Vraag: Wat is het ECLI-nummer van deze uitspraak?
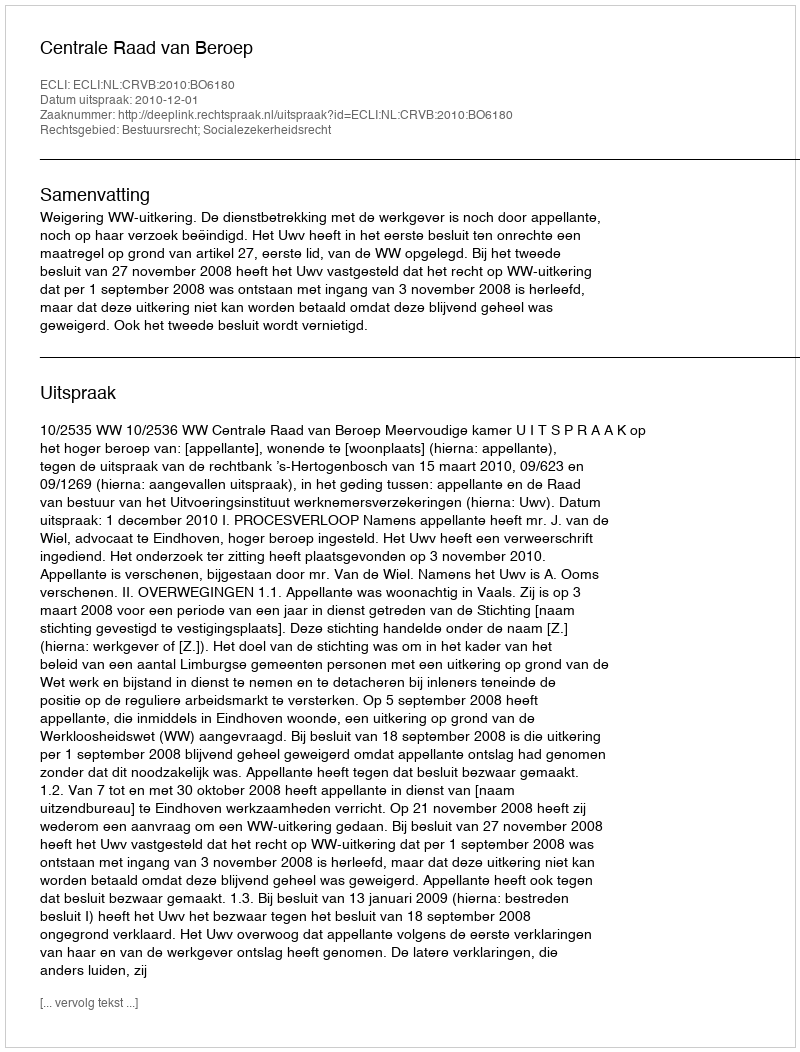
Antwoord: ECLI:NL:CRVB:2010:BO6180